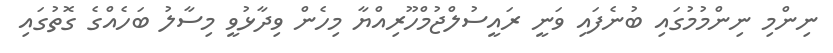
ނިންމި ނިންމުމުގައި ބުނެފައި ވަނީ ރައީސުލްޖުމްހޫރިއްޔާ މިހެން ވިދާޅުވީ މިސާލު ބަހެއްގެ ގޮތުގައި